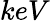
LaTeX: keV